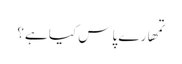
تمھارے پاس کیا ہے؟